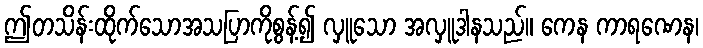
ဤတသိန်းထိုက်သောအသပြာကိုစွန့်၍ လှူသော အလှူဒါနသည်။ ကေန ကာရဏေန၊